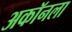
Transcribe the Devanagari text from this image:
अकॉनला